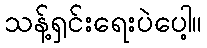
သန့်ရှင်းရေးပဲပေါ့။